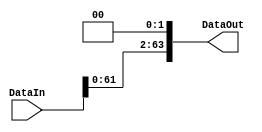
module Shift(DataIn , DataOut);
	input [63:0] DataIn;
        output [63:0] DataOut;

	    assign DataOut = DataIn << 2;
endmodule